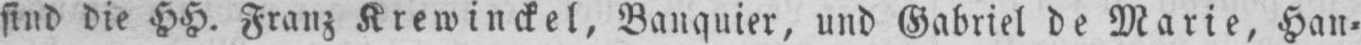
sind die HH. Franz Krewinckel, Banquier, und Gabriel de Marie, Han⸗